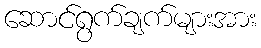
ဆောင်ရွက်ချက်များအား